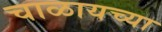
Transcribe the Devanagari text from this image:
चाळायच्या